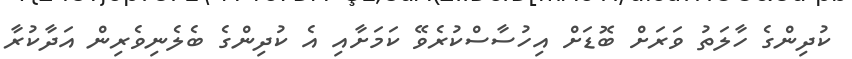
ކުދިންގެ ހާލަތު ވަރަށް ބޮޑަށް އިހުސާސްކުރެވޭ ކަމަށާއި އެ ކުދިންގެ ބެލެނިވެރިން އަދާކުރާ